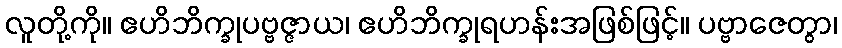
လူတို့ကို။ ဧဟိဘိက္ခုပဗ္ဗဇ္ဇာယ၊ ဧဟိဘိက္ခုရဟန်းအဖြစ်ဖြင့်။ ပဗ္ဗာဇေတွာ၊